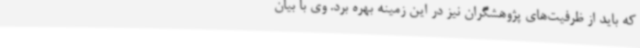
که باید از ظرفیت‌های پژوهشگران نیز در این زمینه بهره برد. وی با بیان